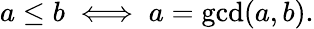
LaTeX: a\leq b\iff a=\operatorname*{gcd}(a,b).